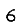
Digit: 6